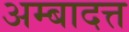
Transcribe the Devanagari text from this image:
अम्बादत्त